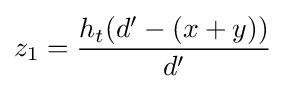
z_{1}={\frac {h_{t}(d'-(x+y))}{d'}}